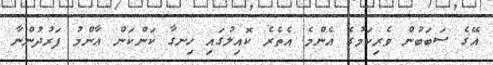
އޭގެ ސަބަބުން ވެރިކަމުގެ އެންމެ އެތެރެ ކޮއިލުގައި ހިނގާ ކަންކަން ޢާންމު ފަރުދުންނާ